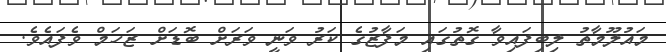
މައުލޫމާތު ލިބިފައިވާ ގޮތުގައި މަފާޒުގެ ކަރު ވަނީ ވަރަށް ބޮޑަށް ޒަހަމް ވެފައެވެ.